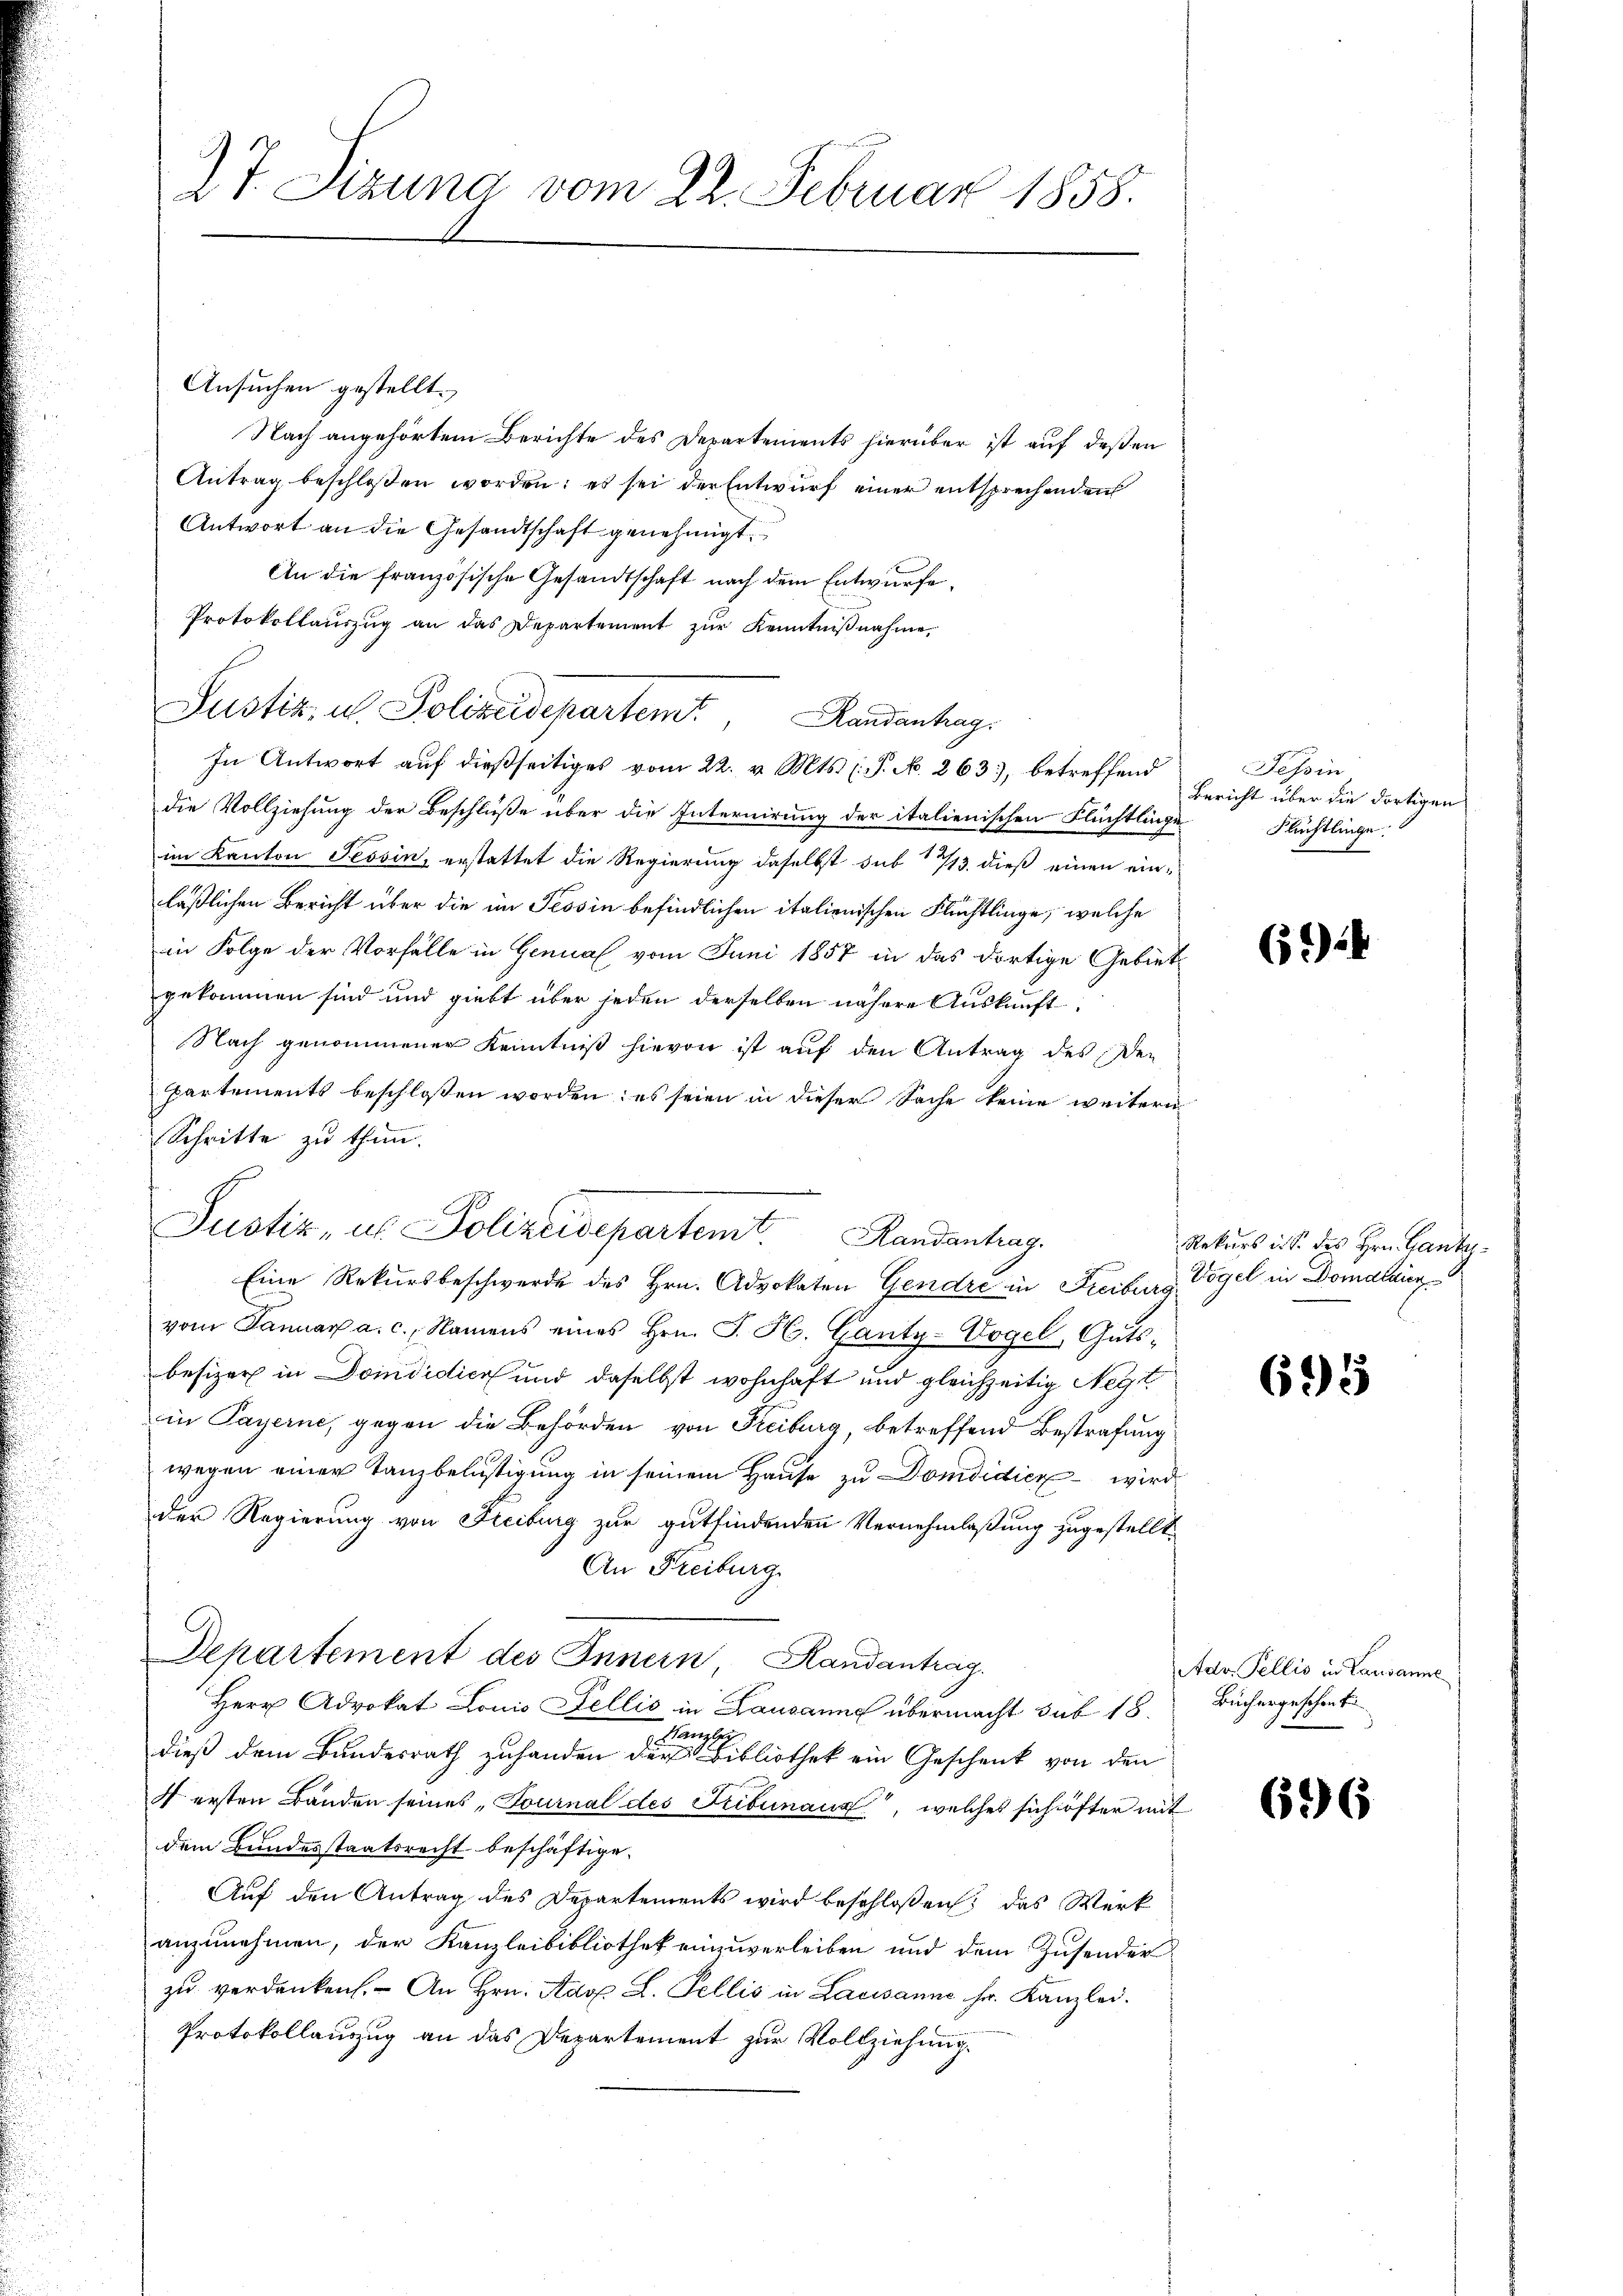
27. Sizung vom 22. Februar 1858.

Ansuchen gestellt.
Nach angehörtem Berichte des Departements hierüber ist auf deßen
Antrag beschloßen worden; es sei der Entwurf einer entsprechenden
Antwort an die Gesandtschaft genehmigt.
An die französische Gesandtschaft nach dem Entwurfe.
Protokollauszug an das Departement zur Kenntnißnahme,
Justiz, u. Polizeidepartem Randanhag
In Antwort auf dießseitiges vom 22. v. Mts. (T. N. 263, betreffend
die Vollziehung der Beschluße über die Internirung der italienischen Flüchtlinge
im Kanton Tessin, erstattet die Regierung daselbst sub 1713. dieß einen einlaßlichen Bericht über die im Tessin befindlichen italienischen Flüchtlinge, welche
in Folge der Vorfalle in Genual vom Juni 1857 in das dortige Gebiet
gekommen sind und giebt über jeden derselben nähere Auskunft
Nach genommener Kenntniß hievon ist auf den Antrag des Den
partements beschlossen worden; es seien in dieser Sache keine weitern
Schritte zu thun.
Eine Rekursbeschwerde des Hrn. Advokaten Gendre in Freiburg Vögel in Domalaien
vom Januar a. c., Namens eines Hrn. J. H. Ganty-Vogel, Guts-
besizer in Domdidica und daselbst wohnhaft und gleichzeitig Negt
in Payerne, gegen die Behörden von Freiburg, betreffend Bestrafung
wegen einer Tanzbelästigung in seinem Hause zu Domdidier wird
der Regierung von Freiburg zur gutfindenden Vernehmlaßung zugestellt.
An Freiburg
Departement des Innern, Randantrag
Herr Advokat Louis Fellis in Lausanne übermacht sub 18.
Kanzle
dieß dem Bundesrath zuhanden der Bibliothek ein Geschenk von den
4 ersten Banden seines „Tournal des Tribunaux, welches sich öfter mit
dem Bundesstaatsrecht beschäftige.
Auf den Antrag des Departements wird beschloßen: das Werk
anzunehmen, der Kanzleibibliothek einzuverleiben und dem Zusender
zu verdanken. An Hrn. Adop L. Fellis in Lausanne fr. Kanzlei.
Protokollanzug an das Departement zur Vollziehung.

Justiz- u. Polizeidepartem Handenhag

Tessin
Bericht über die dortigen
Flüchtlinge.
e

6.)

Rekurs ist. des Hrn. Ganter¬

695

Adv. Pellis in Lausanne
Büchergeschent

696